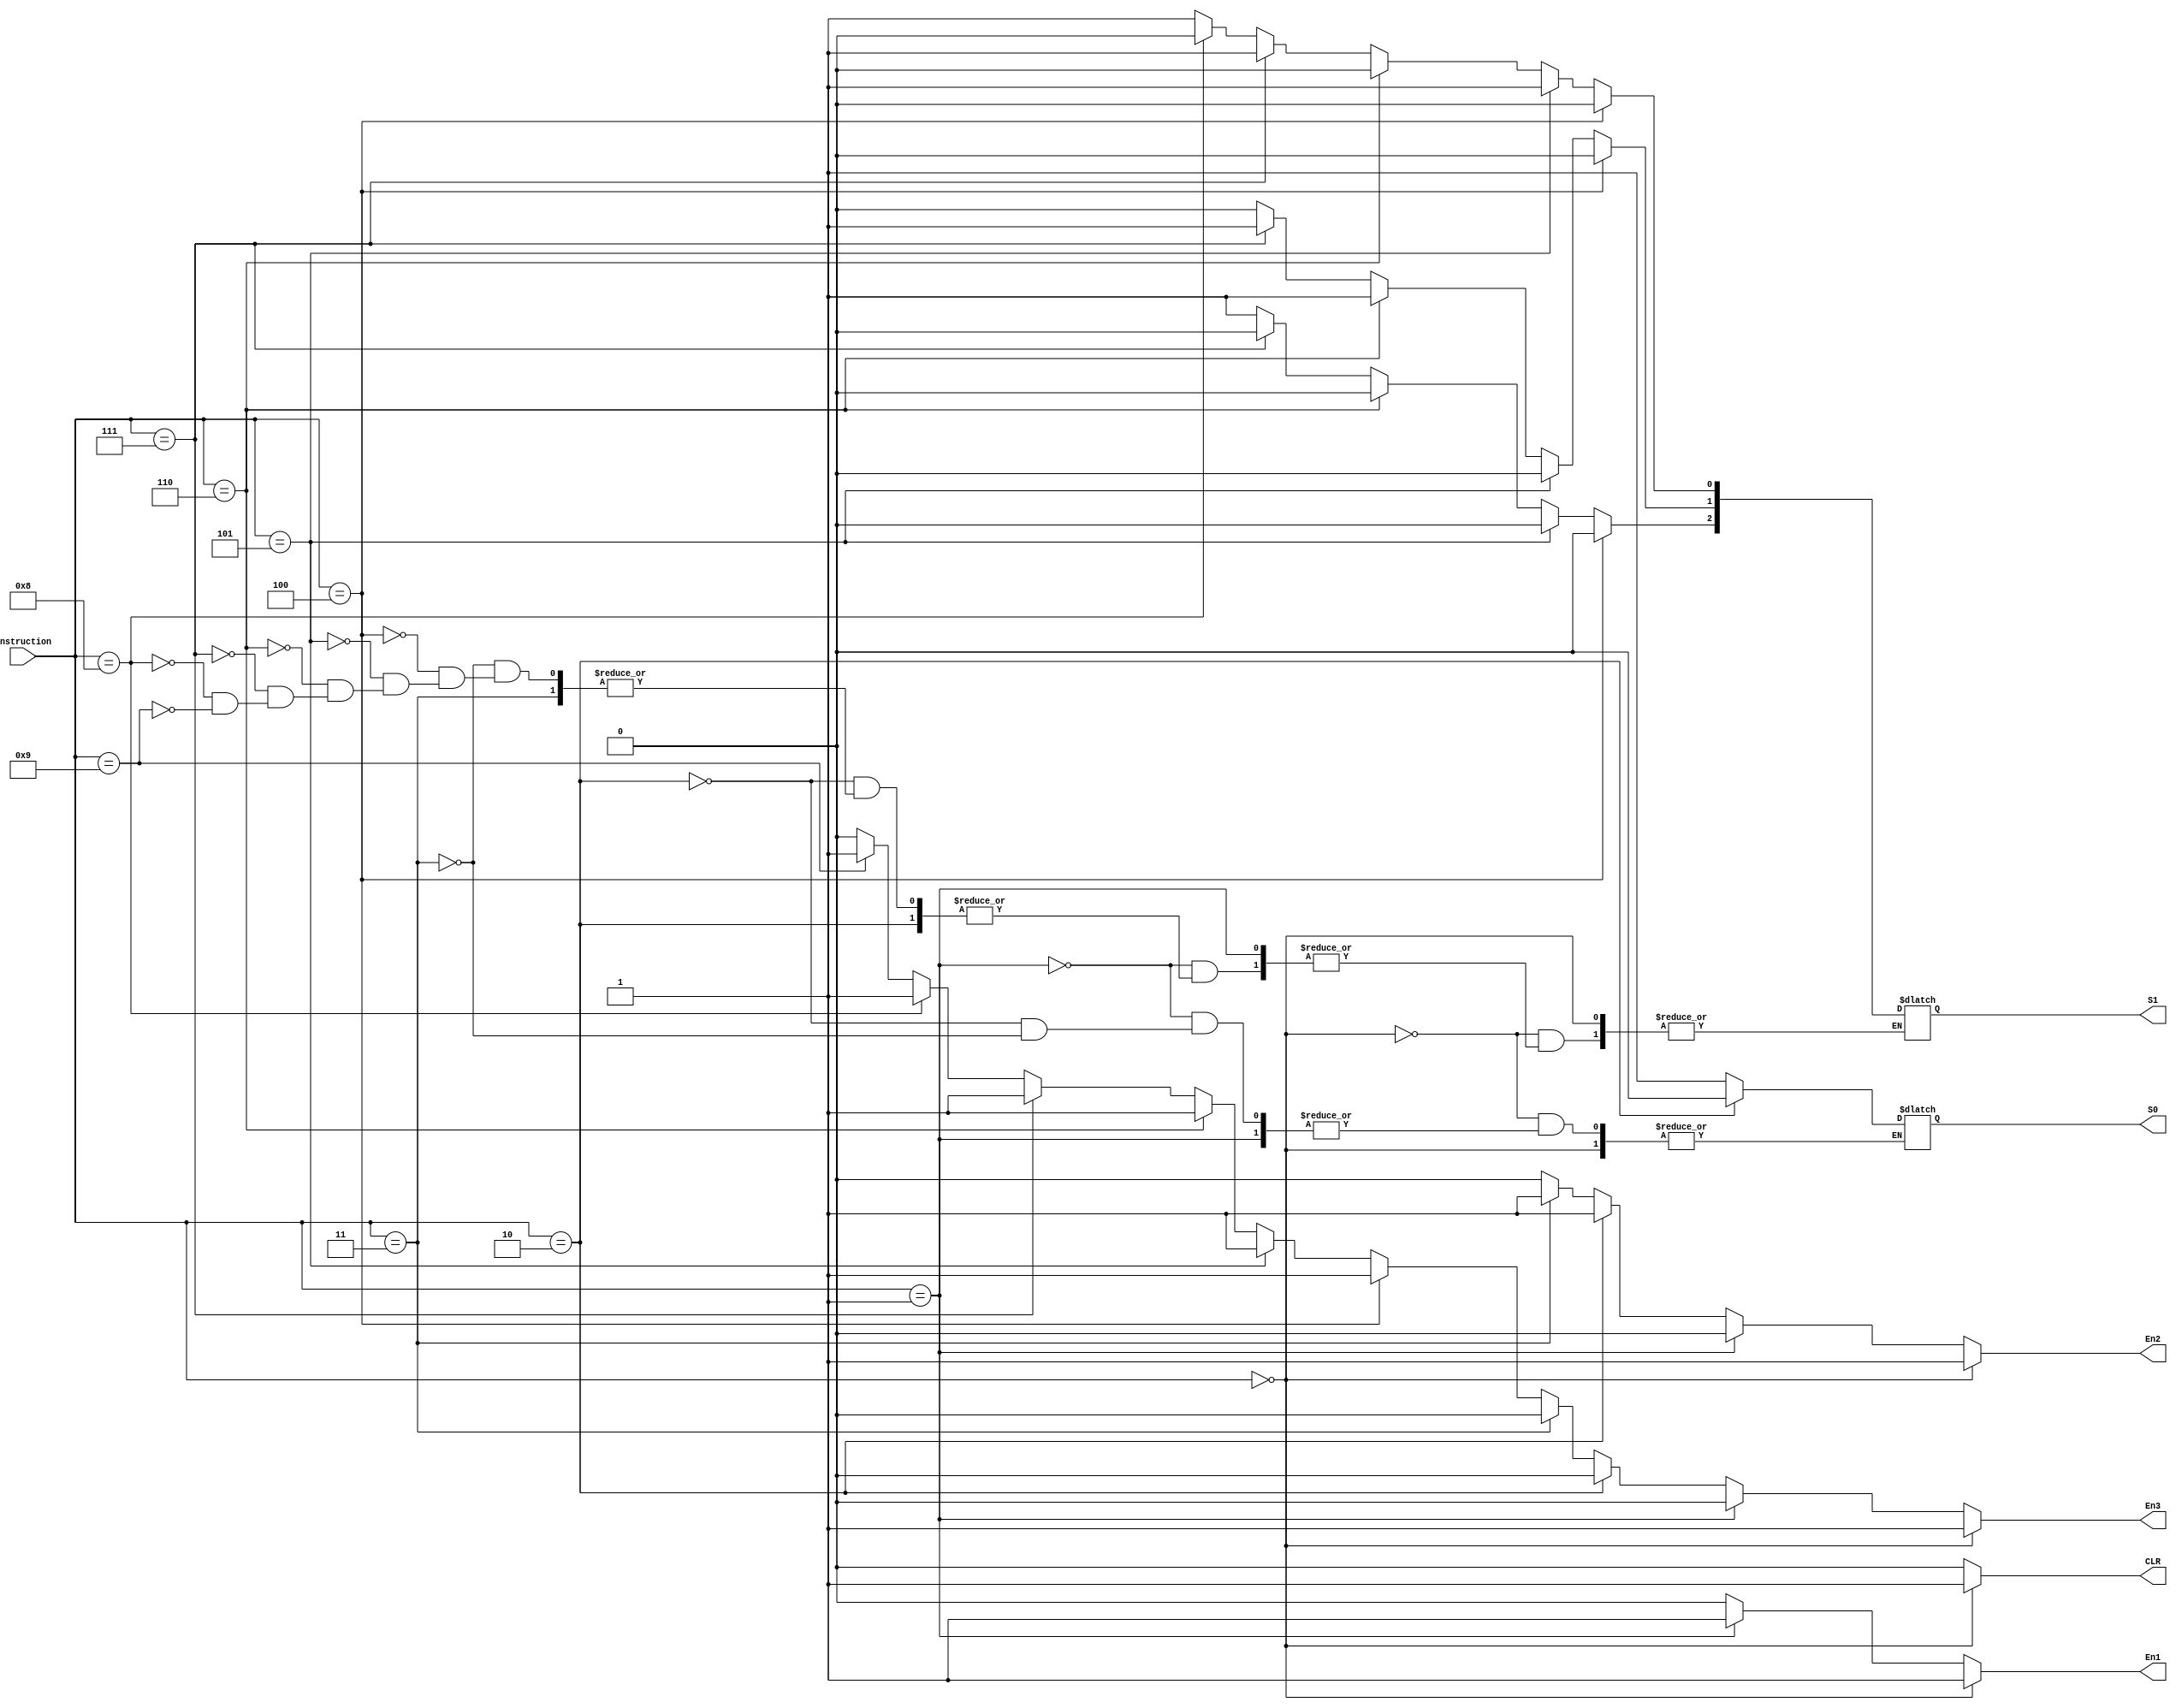
`timescale 1ns / 1ps
//////////////////////////////////////////////////////////////////////////////////
// Company: 
// Engineer: 
// 
// Design Name: 
// Module Name:    InstructionDecoder 
// Project Name: 
// Target Devices: 
// Tool versions: 
// Description: 
//
// Dependencies: 
//
// Revision: 
// Revision 0.01 - File Created
// Additional Comments: 
//
//////////////////////////////////////////////////////////////////////////////////
module InstructionDecoder(
    input [3:0] instruction,
    output reg CLR,
    output reg En1,
    output reg En2,
    output reg En3,
    output reg S0,
    output reg [2:0] S1
    );
	 
	 always @(instruction) begin
	 
	   // Clear all registers
	   if (instruction == 0) begin
        CLR <= 1;
		  En1 <= 1;
		  En2 <= 1;
		  En3 <= 1;
      end		
		
		// Move 8-bit num to register 1 (R1)
		else if (instruction == 1) begin
		  CLR <= 0;
        En1 <= 1;
		  En2 <= 0;
		  En3 <= 0;
		end
		
		// Move 8-bit num to register 2 (R2)
		else if (instruction == 2) begin
        CLR <= 0;
		  En1 <= 0;
		  En2 <= 1;
		  En3 <= 0;
		  S0 <= 0;
		end
		
		// Move 8-bit output to R2
		else if (instruction == 3) begin
		  CLR <= 0;
		  En1 <= 0;
		  En2 <= 1;
		  En3 <= 0;
		  S0 <= 1;
		end
		
		// Perform sum operation and store in Rout
		else if (instruction == 4) begin
		  CLR <= 0;
		  En1 <= 0;
		  En2 <= 0;
		  En3 <= 1; 
		  S1[2] <= 0;
		  S1[1] <= 0;
		  S1[0] <= 0;
		end
		
		// Left shift 8-bit num in R2 
		else if (instruction == 5) begin
		  CLR <= 0;
		  En1 <= 0;
		  En2 <= 0;
		  En3 <= 1; 
		  S1[0] <= 1;
		  S1[1] <= 0;
		  S1[2] <= 0;
		end
		
		// Right shift 8-bit num in R2
		else if (instruction == 6) begin
		  CLR <= 0;
		  En1 <= 0;
		  En2 <= 0;
		  En3 <= 1; 
		  S1[0] <= 0;
		  S1[1] <= 1;
		  S1[2] <= 0;
		end
		
		// Perform AND operation and store in Rout
		else if (instruction == 7) begin
		  CLR <= 0;
		  En1 <= 0;
		  En2 <= 0;
		  En3 <= 1; 
		  S1[0] <= 1;
		  S1[1] <= 1;
		  S1[2] <= 0;
		end
		
		// Perform ORR operation and store in Rout
		else if (instruction == 8) begin
		  CLR <= 0;
		  En1 <= 0;
		  En2 <= 0;
		  En3 <= 1; 
		  S1[0] <= 0;
		  S1[1] <= 0;
		  S1[2] <= 1;
		end
	 
	   // Compare 2 8-bit vals and store in Rout
	   else if (instruction == 9) begin
		  CLR <= 0;
		  En1 <= 0;
		  En2 <= 0;
		  En3 <= 1; 
		  S1[0] <= 1;
		  S1[1] <= 0;
		  S1[2] <= 1;
		end
		
		// Ignore all other input binary combinations 
		else begin
		  CLR <= 0;
		  En1 <= 0;
		  En2 <= 0;
		  En3 <= 0;
		end
		
	 end


endmodule